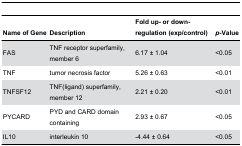
| Name of Gene | Description | Fold up- or down-regulation (exp/control) | p-Value |
 | --- | --- | --- | --- |
 | FAS | TNF receptor superfamily, member 6 | 6.17 ± 1.04 | <0.05 |
 | TNF | tumor necrosis factor | 5.26 ± 0.63 | <0.01 |
 | TNFSF12 | TNF(ligand) superfamily, member 12 | 2.21 ± 0.20 | <0.01 |
 | PYCARD | PYD and CARD domain containing | 2.93 ± 0.67 | <0.05 |
 | IL10 | interleukin 10 | -4.44 ± 0.64 | <0.05 |